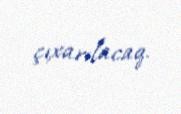
çıxarılacaq.